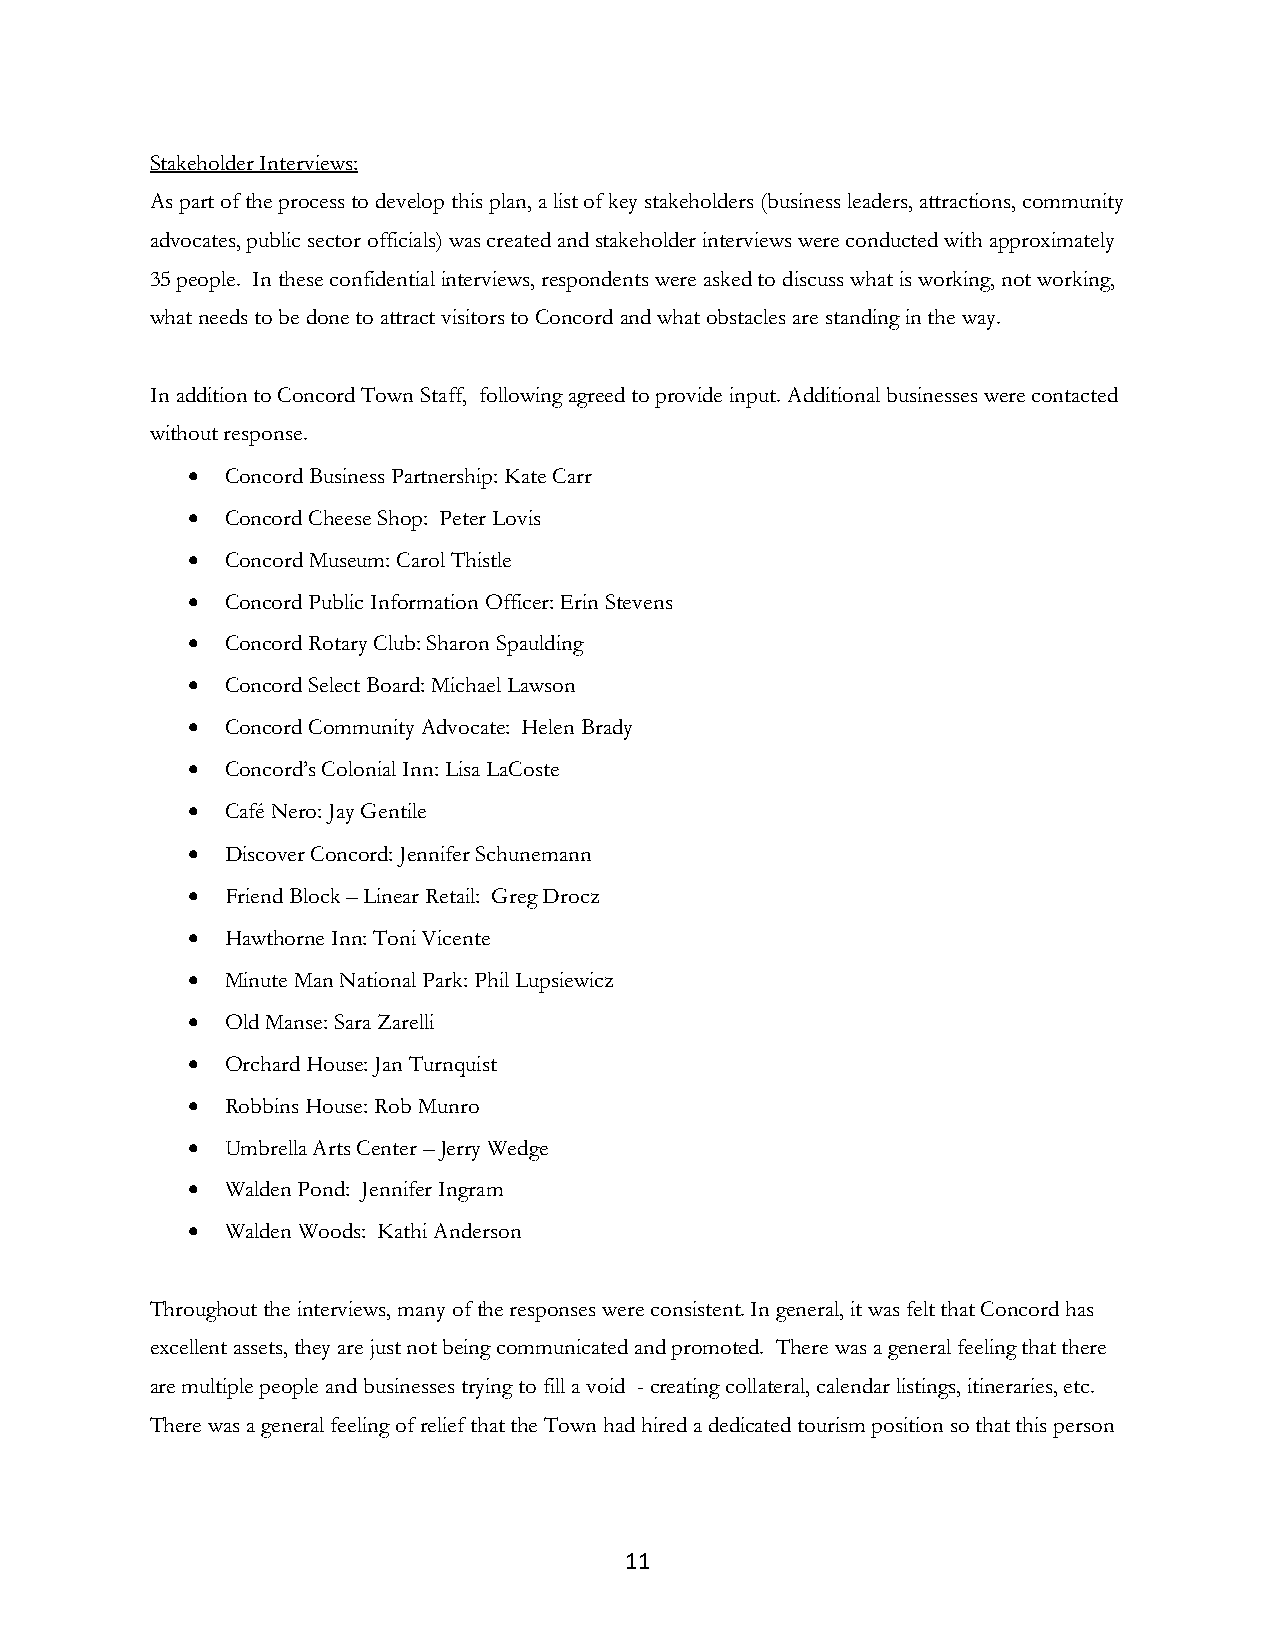
Stakeholder Interviews:
 As part of the process to develop this plan, a list of key stakeholders (business leaders, attractions, community
 advocates, public sector officials) was created and stakeholder interviews were conducted with approximately
 35 people. In these confidential interviews, respondents were asked to discuss what is working, not working,
 what needs to be done to attract visitors to Concord and what obstacles are standing in the way.
 In addition to Concord Town Staff, following agreed to provide input. Additional businesses were contacted
 without response.
 •  Concord Business Partnership: Kate Carr
 •  Concord Cheese Shop: Peter Lovis
 •  Concord Museum: Carol Thistle
 •  Concord Public Information Officer: Erin Stevens
 •  Concord Rotary Club: Sharon Spaulding
 •  Concord Select Board: Michael Lawson
 •  Concord Community Advocate: Helen Brady
 •  Concord’s Colonial Inn: Lisa LaCoste
 •  Café Nero: Jay Gentile
 •  Discover Concord: Jennifer Schunemann
 •  Friend Block – Linear Retail: Greg Drocz
 •  Hawthorne Inn: Toni Vicente
 •  Minute Man National Park: Phil Lupsiewicz
 •  Old Manse: Sara Zarelli
 •  Orchard House: Jan Turnquist
 •  Robbins House: Rob Munro
 •  Umbrella Arts Center – Jerry Wedge
 •  Walden Pond: Jennifer Ingram
 •  Walden Woods: Kathi Anderson
 Throughout the interviews, many of the responses were consistent. In general, it was felt that Concord has
 excellent assets, they are just not being communicated and promoted. There was a general feeling that there
 are multiple people and businesses trying to fill a void - creating collateral, calendar listings, itineraries, etc.
 There was a general feeling of relief that the Town had hired a dedicated tourism position so that this person
 11